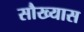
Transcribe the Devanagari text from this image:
सौख्यास